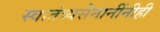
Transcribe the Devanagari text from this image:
स्वातंत्र्यसेनानींनीही